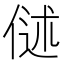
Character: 𬾬